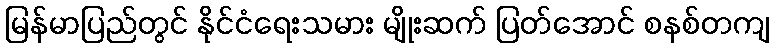
မြန်မာပြည်တွင် နိုင်ငံရေးသမား မျိုးဆက် ပြတ်အောင် စနစ်တကျ